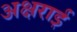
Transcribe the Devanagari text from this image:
अक्षराई